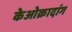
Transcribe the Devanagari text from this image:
केओक्रादांग